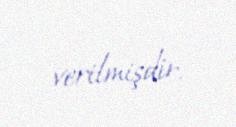
verilmişdir.